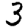
Digit: 3